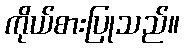
ကိုယ်စားပြုသည်။